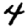
Digit: 4